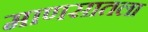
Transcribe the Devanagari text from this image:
माणसातला